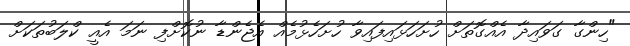
"ހިންގާ ގަވައިދާ އެއްގޮތަށް ހުށަހަޅައިފައިވާ ހުށަހެޅުމެއް އެޖެންޑާ ނުކޮށްފި ނަމަ އެއީ ކްލަބުތަކަށް